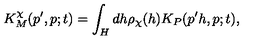
K _ { M } ^ { \chi } ( p ^ { \prime } , p ; t ) = \int _ { H } d h \rho _ { \chi } ( h ) K _ { P } ( p ^ { \prime } h , p ; t ) ,